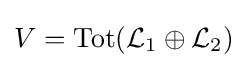
V={\text{Tot}}({\mathcal {L}}_{1}\oplus {\mathcal {L}}_{2})